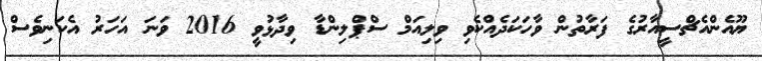
ޔޫއެންއެޗްސީއާރުގެ ފަރާތުން ވާހަކަދެއްކެވި ވިލިއަމް ސްޕްލިންޑާ ވިދާޅުވީ 2016 ވަނަ އަހަރު އެކަނިވެސް